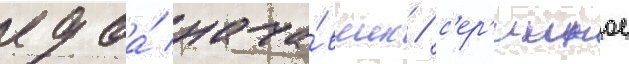
едва́ нача́вшись / с'ер'ииное